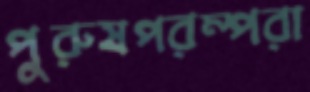
পুরুষপরম্পরা